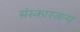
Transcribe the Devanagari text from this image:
संस्कारजन्य